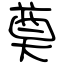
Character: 奠